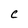
Character: C